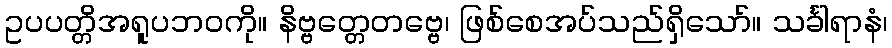
ဥပပတ္တိအရူပဘဝကို။ နိဗ္ဗတ္တေတဗ္ဗေ၊ ဖြစ်စေအပ်သည်ရှိသော်။ သင်္ခါရာနံ၊